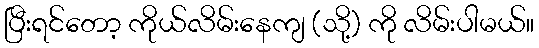
ပြီးရင်တော့ ကိုယ်လိမ်းနေကျ (သို့) ကို လိမ်းပါမယ်။